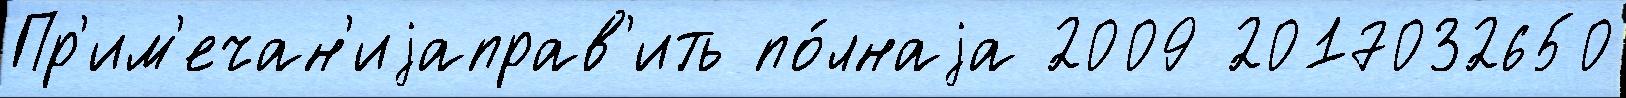
Пр'им'ечан'иjаправ'ить по́лнаjа 2009 2017032650